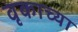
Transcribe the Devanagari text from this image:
वृकाच्या